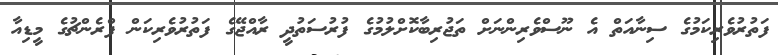
ފަތުރުވެރިކަމުގެ ސިނާއަތް އެ ނޫސްވެރިންނަށް ތަޖުރިބާކޮށްލުމުގެ ފުރުސަތުދީ ރާއްޖޭގެ ފަތުރުވެރިކަން ފްރެންޗުގެ މީޑިއާ